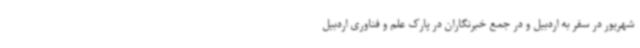
شهریور در سفر به اردبیل و در جمع خبرنگاران در پارک علم و فناوری اردبیل